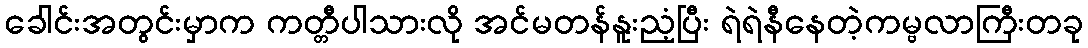
ခေါင်းအတွင်းမှာက ကတ္တီပါသားလို အင်မတန်နူးညံ့ပြီး ရဲရဲနီနေတဲ့ကမ္ဗလာကြီးတခု